Annual report on the Civil Veterinary Department, Burma (including the Insein Veterinary School) - 1910-1922
Year: 1910
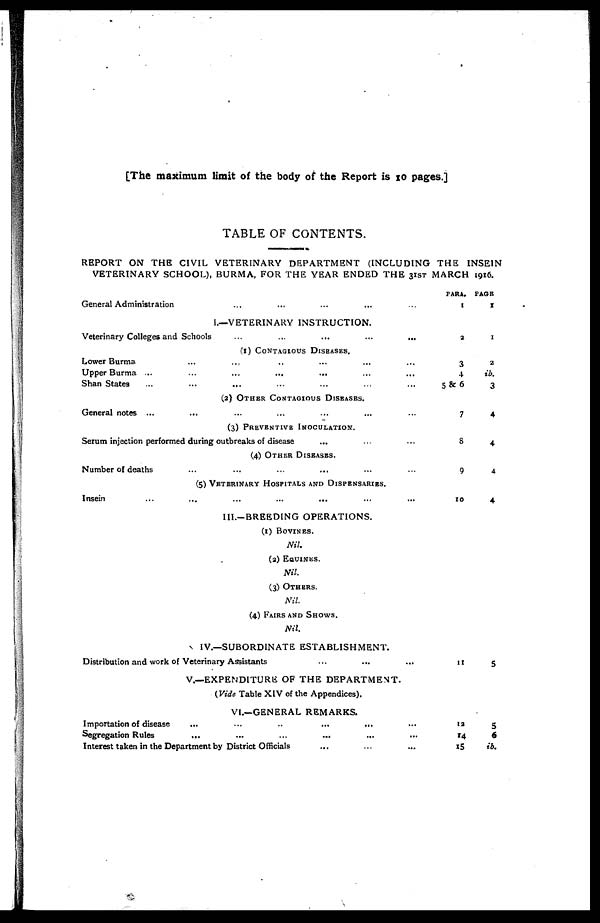
[The maximum limit of the body of the Report is 10 pages.]
TABLE OF CONTENTS.
REPORT ON THE CIVIL VETERINARY DEPARTMENT (INCLUDING THE INSE1N
VETERINARY SCHOOL), BURMA, FOR THE YEAR ENDED THE 31ST MARCH 1916.
General Administration
Veterinary Colleges and
Lower Burma
Upper Burma ...
Shan States
General notes ...
Serum injection performed
Number of deaths
Insein ...
... ... ... ... ...
I.—VETERINARY INSTRUCTION.
Schools
...
...
...
...
...
(1) CONTAGIOUS DISEASES.
...
...
..
...
...
...
... ... ... ... ... ...
... ... ... ... ... ...
(2) OTHER CONTAGIOUS DISEASES
... ... ... ... ... ...
(3) PREVENTIVE INOCULATION.
during outbreaks of disease ... ... ...
(4) OTHER DISEASES.
... ... ... ... ... ...
(5) VETERINARY HOSPITALS AND DISPENSARIES
... ... ... ... ... ...
PARA.
1
3
3
4
5 & 6
7
8
9
10
PAGE
1
I
2
ib.
3
4
4
4
4
III.-BREEDING OPERATIONS.
(1) BOVINES.
Nil.
(2) EQUINES.
Nil.
(3) OTHERS.
Nil.
(4) FAIRS AND SHOWS.
Nil.
IV.—SUBORDINATE ESTABLISHMENT.
Distribution and work of Veterinary Assistants ... ... ...
V.—EXPENDITURE OF THE DEPARTMENT.
(Vide Table XIV of the Appendices).
VI.—GENERAL REMARKS.
Importation of disease
...
...
...
...
...
...
Segregation Rules ... ... ... ... ... ...
Interest taken in the Department by District Officials ... ... ...
11
12
14
15
5
5
6
ib.